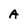
Character: a